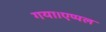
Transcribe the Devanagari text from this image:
गया।एप्पल